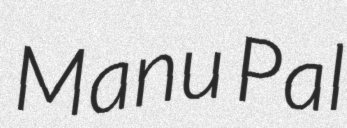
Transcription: Manu Pal